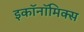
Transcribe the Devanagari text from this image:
इकॉनॉमिक्‍स